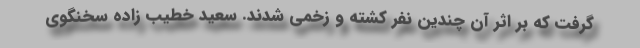
گرفت که بر اثر آن چندین نفر کشته و زخمی شدند. سعید خطیب زاده سخنگوی